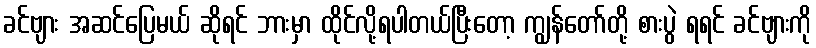
ခင်ဗျား အဆင်ပြေမယ် ဆိုရင် ဘားမှာ ထိုင်လို့ရပါတယ်ပြီးတော့ ကျွန်တော်တို့ စားပွဲ ရရင် ခင်ဗျားကို